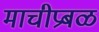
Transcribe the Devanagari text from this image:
माचीप्रबळ